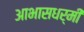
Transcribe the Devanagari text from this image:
आभासधर्मी